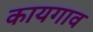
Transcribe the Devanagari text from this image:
कायगाव